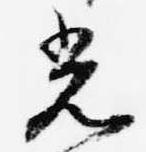
光